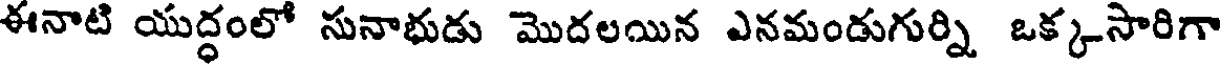
ఈనాటి యుద్ధంలో సునాభుడు మొదలయిన ఎనమండుగుర్ని ఒక్కసారిగా